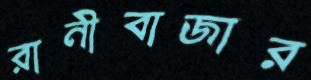
রানীবাজার